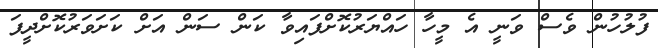
ފުލުހުން ވެސް ވަނީ އެ މީހާ ހައްޔަރުކޮށްފައިވާ ކަން ސަން އަށް ކަށަވަރުކޮށްދީފަ